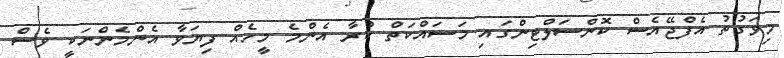
މިވަގުތު އެފްޖޭއެސް ކޮންސަލްޓިންގައި މަސައްކަތް ކުރާ އެންމެ މީހެއް ފިޔަވާ އެންމެންނަކީ ވެސް